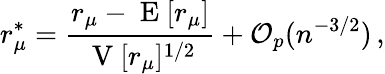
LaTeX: r_{\mu}^{\ast}=\frac{r_{\mu}-\mathrm{~E~}[r_{\mu}]}{\mathrm{~V~}[r_{\mu}]^{1/2}}+\mathcal{O}_{p}(n^{-3/2})\, ,